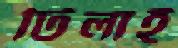
টিলাই